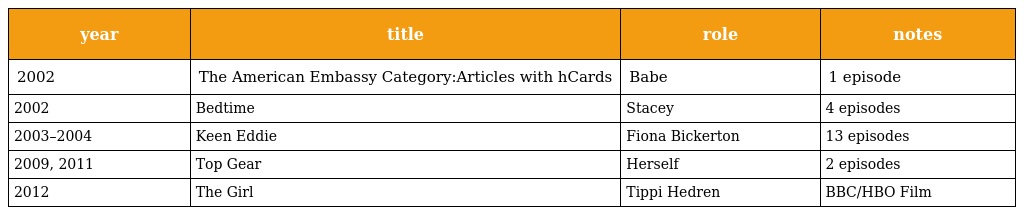
| year | title | role | notes |
 | --- | --- | --- | --- |
 | 2002 | The American Embassy Category:Articles with hCards | Babe | 1 episode |
 | 2002 | Bedtime | Stacey | 4 episodes |
 | 2003–2004 | Keen Eddie | Fiona Bickerton | 13 episodes |
 | 2009, 2011 | Top Gear | Herself | 2 episodes |
 | 2012 | The Girl | Tippi Hedren | BBC/HBO Film |